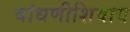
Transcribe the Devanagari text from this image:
बांधणीशिवाय